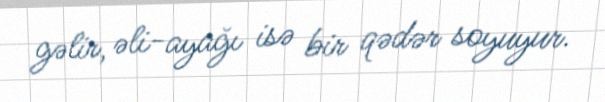
gəlir, əli-ayağı isə bir qədər soyuyur.